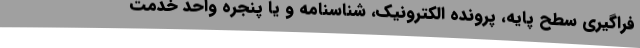
فراگیری سطح پایه، پرونده الکترونیک، شناسنامه و یا پنجره واحد خدمت